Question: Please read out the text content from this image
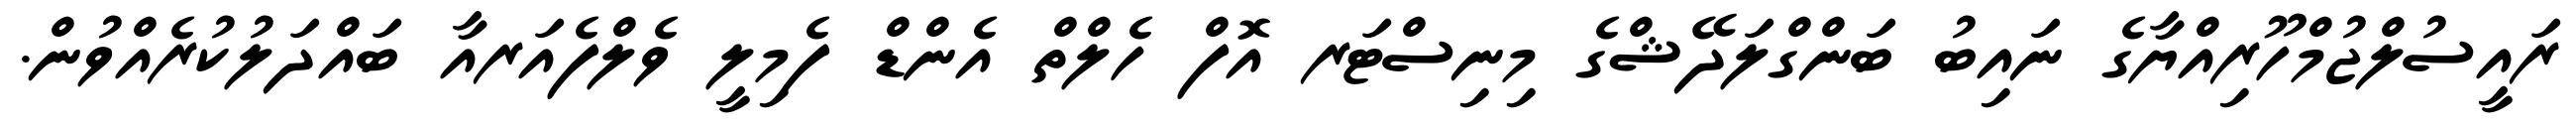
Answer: ރައީސުލްޖުމްހޫރިއްޔާގެ ނައިބު ބަންގްލަދޭޝްގެ މިނިސްޓަރ އޮފް ހެލްތް އެންޑް ފެމިލީ ވެލްފެއަރއާ ބައްދަލުކުރެއްވުން.